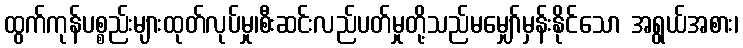
ထွက်ကုန်ပစ္စည်းများထုတ်လုပ်မှု၊စီးဆင်းလည်ပတ်မှုတို့သည်မမျှော်မှန်းနိုင်သော အရွယ်အစား၊